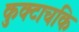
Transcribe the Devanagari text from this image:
कुक्टाचकि